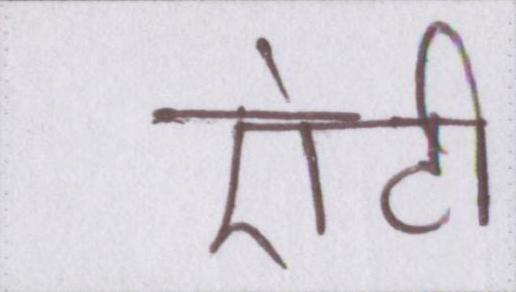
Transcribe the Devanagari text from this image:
एंटी